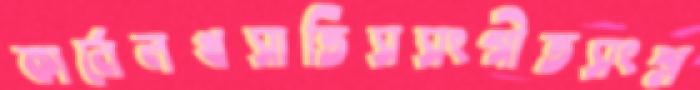
কার্নেলখসাতিসসংগীতসংশ্ল